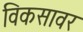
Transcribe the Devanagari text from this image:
विकसावर